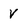
Character: V